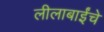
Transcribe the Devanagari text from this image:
लीलाबाईंचे